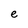
Character: e